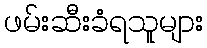
ဖမ်းဆီးခံရသူများ